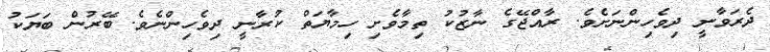
ދެރަވާނީ ދިވެހިންނަށެވެ. ރާއްޖޭގެ ނާޒުކު ތިމާވެށި ހިމާޔަތް ކުރާނީ ދިވެހިންނެވެ. ބޭރުން ބަޔަކު